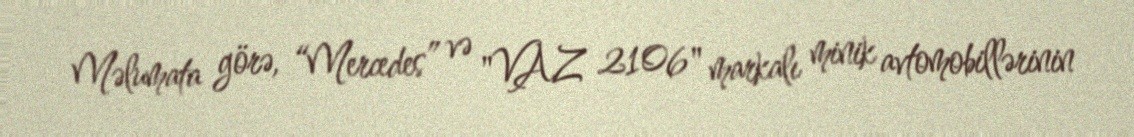
Məlumata görə, “Mercedes” və "VAZ 2106" markalı minik avtomobillərinin